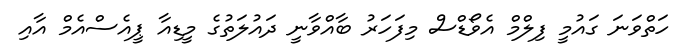
ހަތްވަނަ ގައުމީ ފިލްމް އެވޯޑްސް މިފަހަރު ބާއްވާނީ ދައުލަތުގެ މީޑިއާ ޕީއެސްއެމް އާއި